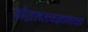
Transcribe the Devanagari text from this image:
बौद्धतत्त्वज्ञानाचा